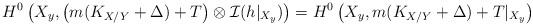
LaTeX: \begin{align*}H^0 \left(X_y , \big(m(K_{X/Y}+ \Delta)+ T\big)\otimes \mathcal{I} (h|_{X_y})\right) = H^0 \left(X_y, m(K_{X/Y}+ \Delta)+ T|_{X_y}\right)\end{align*}